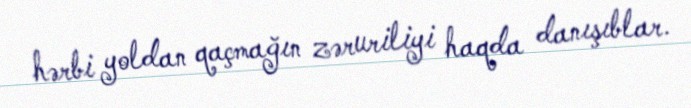
hərbi yoldan qaçmağın zəruriliyi haqda danışıblar.